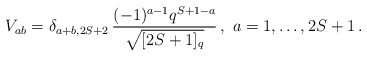
\begin{align*} V_{ab} = \delta_{a+b,2S+2} \, \frac{(-1)^{a-1} q^{S+1-a}}{ \sqrt{ [2S+1]_q} } \,, \ a=1,\ldots,2S+1 \,. \end{align*}